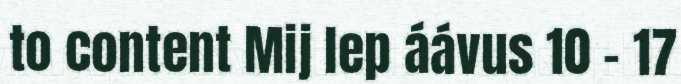
to content Mij lep áávus 10 - 17